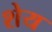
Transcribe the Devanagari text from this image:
शेय